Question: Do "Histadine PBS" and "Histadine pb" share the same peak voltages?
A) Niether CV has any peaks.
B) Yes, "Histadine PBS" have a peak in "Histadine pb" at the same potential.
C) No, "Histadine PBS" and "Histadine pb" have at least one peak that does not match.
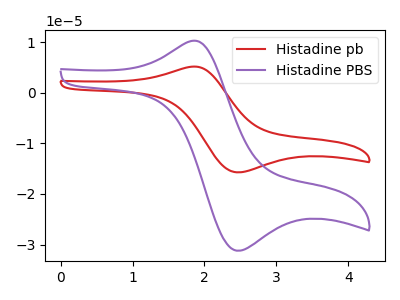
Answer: <think>The red curve "Histadine pb" has an anodic peak at (1.80V, 5.15uA) and a cathodic peak at (2.45V, -15.70uA). The purple curve "Histadine PBS" has an anodic peak at (1.80V, 10.25uA) and a cathodic peak at (2.45V, -31.20uA).</think>
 <answer>B) Yes, "Histadine PBS" have a peak in "Histadine pb" at the same potential.</answer>
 <eval>B</eval>